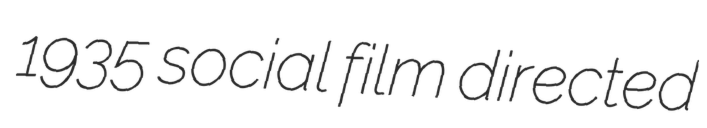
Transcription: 1935 social film directed